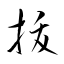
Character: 拔